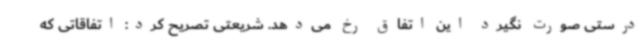
درستی صورت نگیرد این اتفاق رخ می‌دهد. شریعتی تصریح کرد: اتفاقاتی که